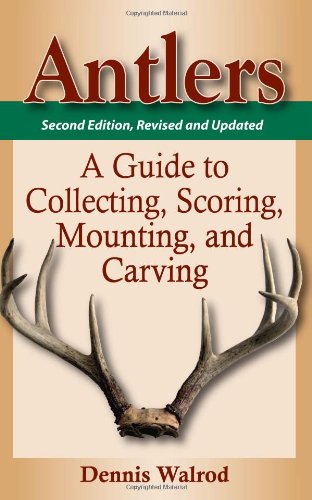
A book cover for Antlers: A Guide to Collecting, Scoring, Mounting, and Carving, 2nd Edition; Dennis Walrod; Crafts, Hobbies & Home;